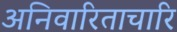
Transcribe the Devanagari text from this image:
अनिवारिताचारि